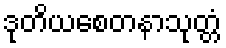
ဒုတိယစေတနာသုတ္တံ